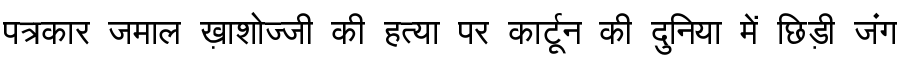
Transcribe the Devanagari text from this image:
पत्रकार जमाल ख़ाशोज्जी की हत्या पर कार्टून की दुनिया में छिड़ी जंग